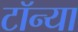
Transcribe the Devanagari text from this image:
टॉन्या